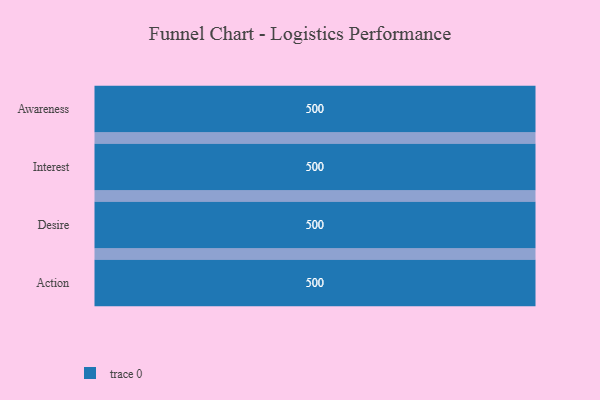
{"axis": {"x": "Stage", "y": "Value"}, "legend": [""], "data": [{"x": "Awareness", "y": 500, "type": ""}, {"x": "Interest", "y": 500, "type": ""}, {"x": "Desire", "y": 500, "type": ""}, {"x": "Action", "y": 500, "type": ""}]}